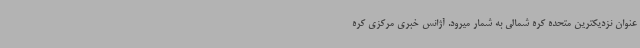
عنوان نزدیکترین متحده کره شمالی به شمار میرود. آژانس خبری مرکزی کره